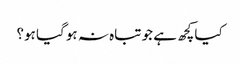
کیاکچھ ہے جو تباہ نہ ہو گیا ہو؟